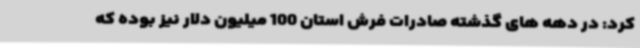
کرد: در دهه های گذشته صادرات فرش استان 100 میلیون دلار نیز بوده که